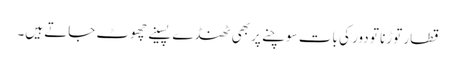
قطار توڑنا تو دور کی بات سوچنے پر بھی ٹھنڈے پسینے چھوٹ جاتے ہیں۔